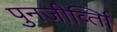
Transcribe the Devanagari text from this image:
पुनजीर्व्ताि